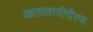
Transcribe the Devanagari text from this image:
आतातायीदैत्य